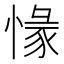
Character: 𢞶